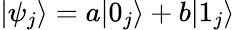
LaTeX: |\psi_{j}\rangle=a|0_{j}\rangle+b|1_{j}\rangle